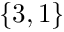
\{ 3 , 1 \}